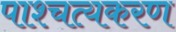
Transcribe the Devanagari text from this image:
पाश्चत्यकरण